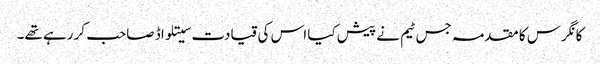
کانگرس کا مقدمہ جس ٹیم نے پیش کیا اس کی قیادت سیتلواڈ صاحب کر رہے تھے۔